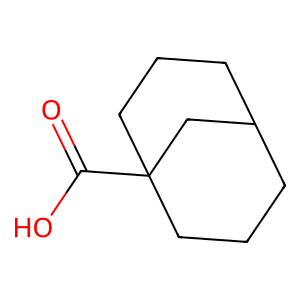
SMILES: O=C(O)C12CCCC(CCC1)C2
Inhibits HIV replication: No